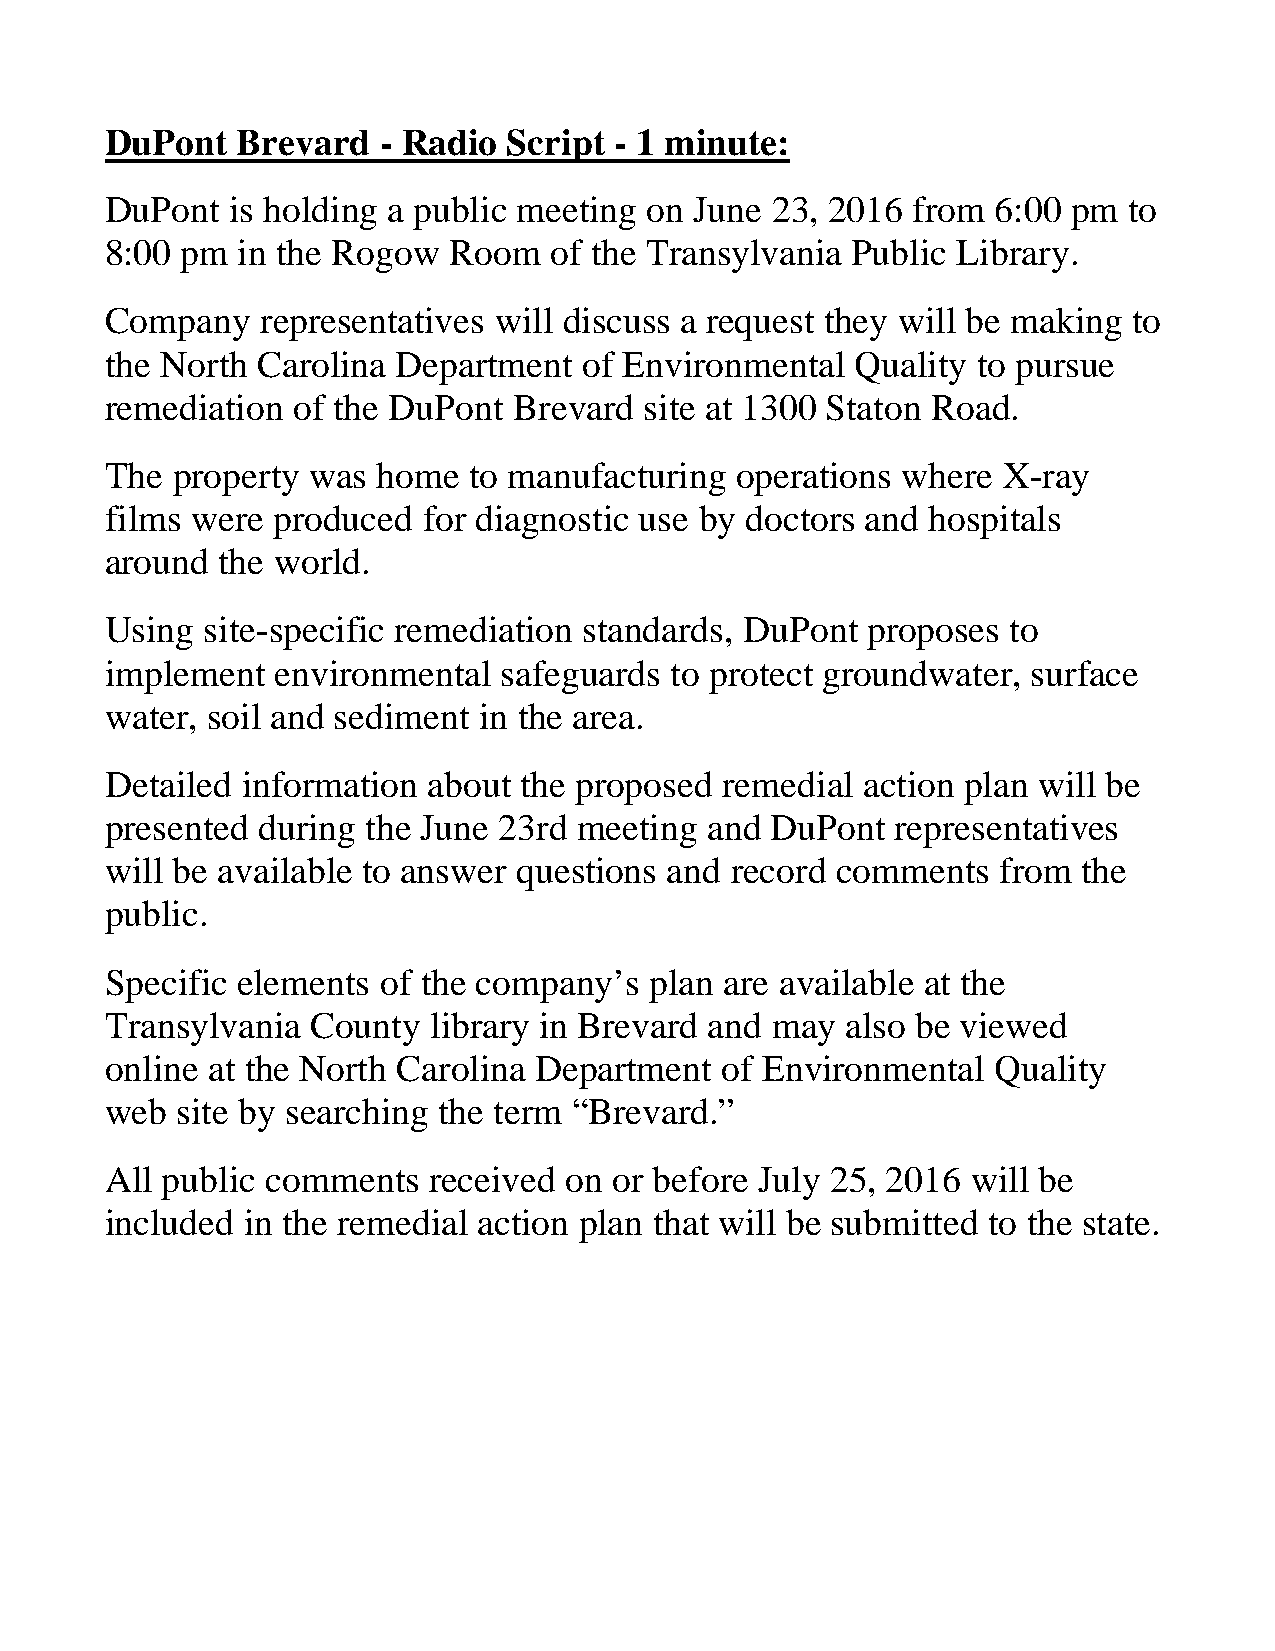
DuPont   Brevard  - Radio  Script - 1 minute:
 DuPont  is holding a public meeting on June 23, 2016 from  6:00 pm  to
 8:00 pm  in the Rogow  Room  of the Transylvania Public Library.
 Company   representatives will discuss a request they will be making to
 the North Carolina Department   of Environmental  Quality to pursue
 remediation of the DuPont  Brevard  site at 1300 Staton Road.
 The property was  home  to manufacturing  operations where X-ray
 films were produced  for diagnostic use by doctors and hospitals
 around the world.
 Using  site-specific remediation standards, DuPont proposes to
 implement  environmental  safeguards to protect groundwater, surface
 water, soil and sediment in the area.
 Detailed information about the proposed  remedial action plan will be
 presented during the June 23rd meeting  and DuPont  representatives
 will be available to answer questions and record comments  from  the
 public.
 Specific elements of the company’s  plan are available at the
 Transylvania  County library in Brevard and may  also be viewed
 online at the North Carolina Department  of Environmental  Quality
 web  site by searching the term “Brevard.”
 All public comments  received on  or before July 25, 2016 will be
 included in the remedial action plan that will be submitted to the state.